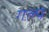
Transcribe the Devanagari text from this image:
गल्‍प